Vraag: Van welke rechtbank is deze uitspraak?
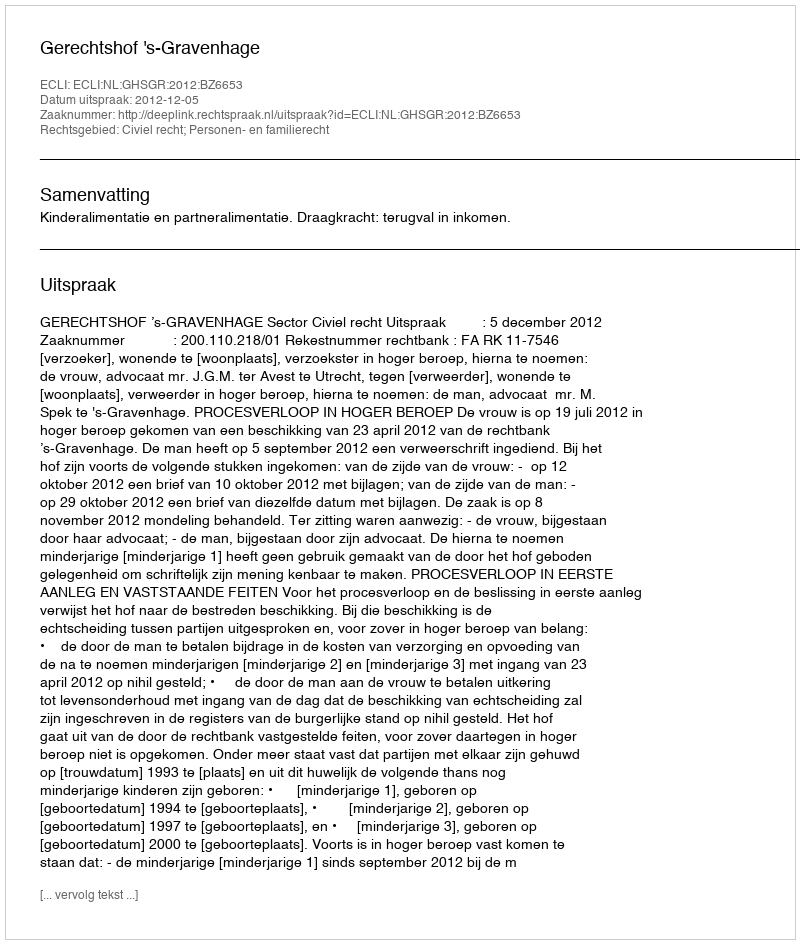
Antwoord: Gerechtshof 's-Gravenhage